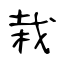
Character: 栽